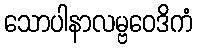
သောပါနာလမ္ဗဝေဒိကံ